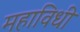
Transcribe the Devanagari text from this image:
महाविधी